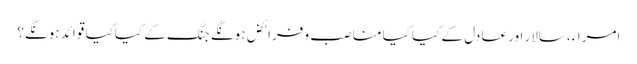
امراء،سالار اور عادل کے کیا کیا مناصب و فرائض ہونگے جنگ کے کیاکیا قوائد ہونگے؟